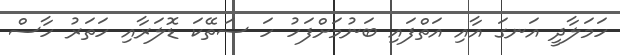
ހަމަލާދީ އަނގަ އާއި އަތްފައި ބަނުމަށްފަހު ހަ ސަތޭކަ ޑޮލަރާއި ހަތަރު ހާސް